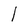
Character: l